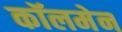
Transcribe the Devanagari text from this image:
कॉलमेन